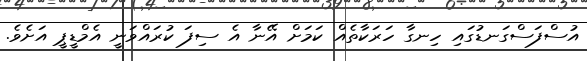
އުސްފަސްގަނޑުގައި ހިނގާ ހަރަކާތެއް ކަމަށް އޭނާ އެ ސިފަ ކުރައްވަނީ އެމްޑީޕީ އަށެވެ.